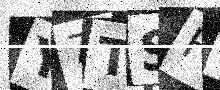
Text: Y7TSFC